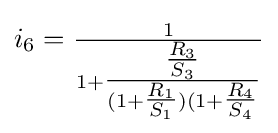
i_{6}={\tfrac {1}{1+{\tfrac {\tfrac {R_{3}}{S_{3}}}{(1+{\tfrac {R_{1}}{S_{1}}})(1+{\tfrac {R_{4}}{S_{4}}}}}}}